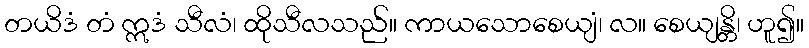
တယိဒံ တံ ဣဒံ သီလံ၊ ထိုသီလသည်။ ကာယသောစေယျံ၊ လ။ စေယျန္တိ၊ ဟူ၍။